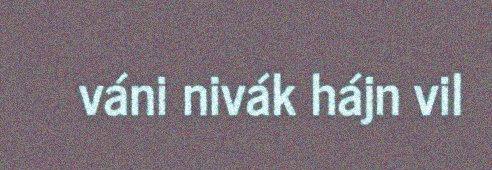
váni nivák hájn vil